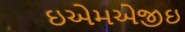
ઇએમએજીઇ